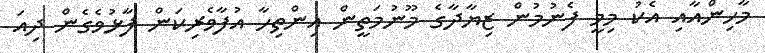
މާހިންއާއި އެކު މިމީ ފެނުމުން ޒިޔާދާގެ މޫނުމަތީން އިންތިހާ އުފާވެރިކަން ފާޅުވެގެން ދިއަ